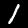
Digit: 1